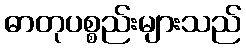
ဓာတုပစ္စည်းများသည်